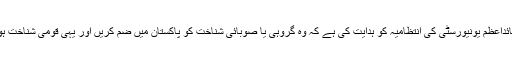
قائداعظم یونیورسٹی کی انتظامیہ کو ہدایت کی ہے کہ وہ گروہی یا صوبائی شناخت کو پاکستان میں ضم کریں اور یہی قومی شناخت ہو۔